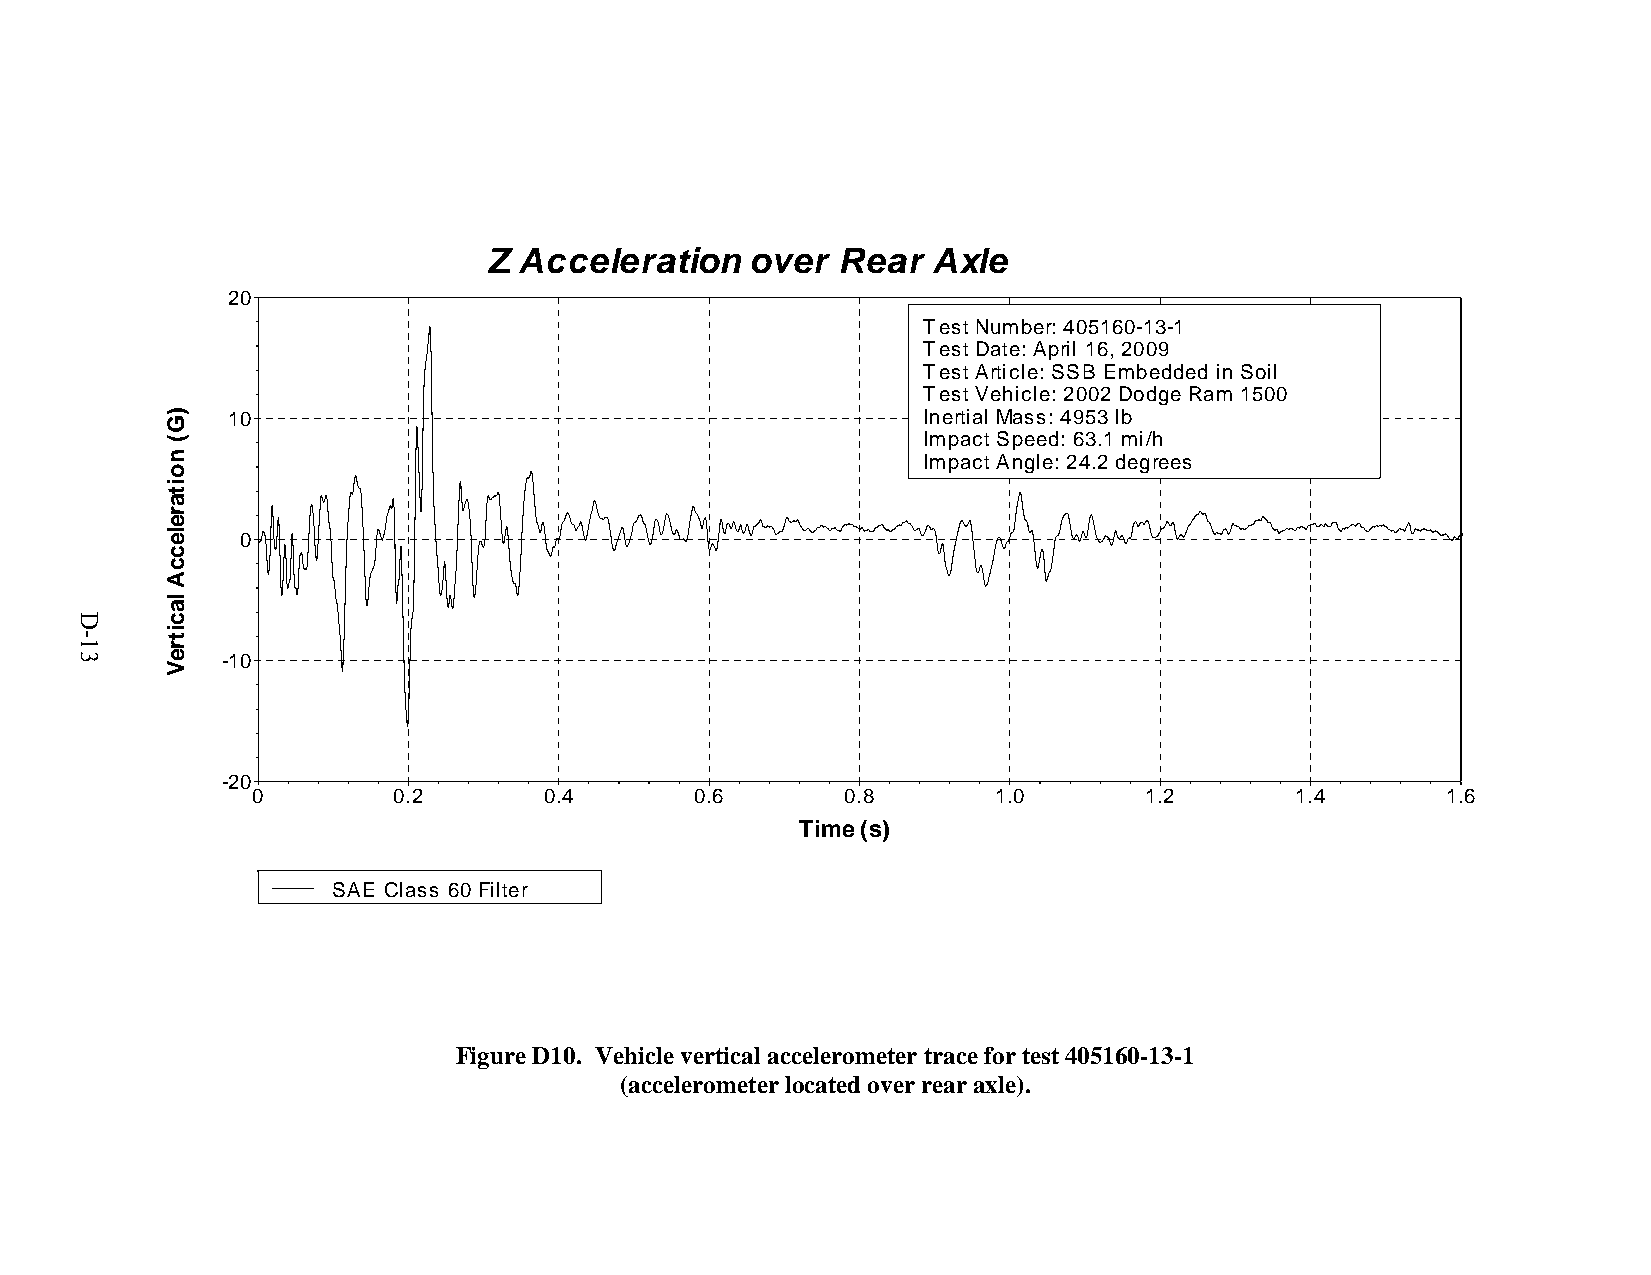
Z Acceleration    over Rear   Axle
 20
 Test Number: 405160-13-1
 Test Date: April 16, 2009
 Test Article: SSB Embedded in Soil
 Test Vehicle: 2002 Dodge Ram 1500
 10                                            Inertial Mass: 4953 lb
 Impact Speed: 63.1 mi/h
 Impact Angle: 24.2 degrees
 0
 -10
 -20
 0        0.2       0.4       0.6       0.8       1.0       1.2       1.4       1.6
 Time (s)
 SAE Class 60 Filter
 Figure D10. Vehicle vertical accelerometer trace for test 405160-13-1
 (accelerometer located over rear axle).
 D-13
 )G(
 noitareleccA
 lacitreV